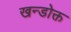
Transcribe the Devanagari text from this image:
खन्डोक्त